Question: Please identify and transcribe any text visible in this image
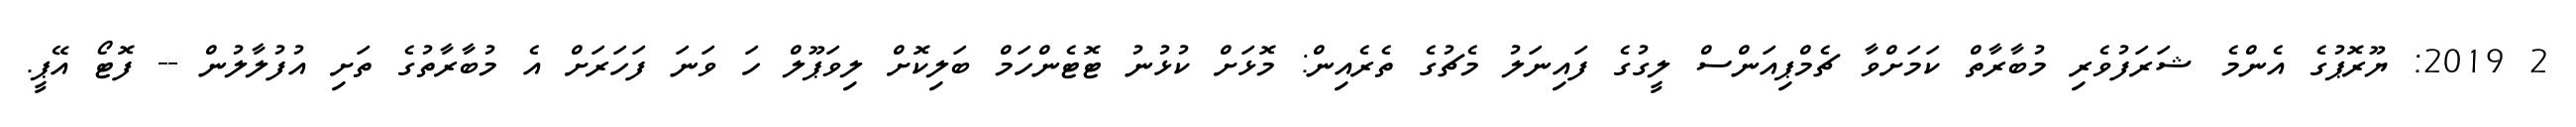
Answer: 2 2019: ޔޫރޮޕުގެ އެންމެ ޝަރަފުވެރި މުބާރާތް ކަމަށްވާ ޗެމްޕިއަންސް ލީގުގެ ފައިނަލު މެޗުގެ ތެރެއިން: މޮޅަށް ކުޅުނު ޓޮޓެންހަމް ބަލިކޮށް ލިވަޕޫލް ހަ ވަނަ ފަހަރަށް އެ މުބާރާތުގެ ތަށި އުފުލާލުން -- ފޮޓޯ އޭޕީ.